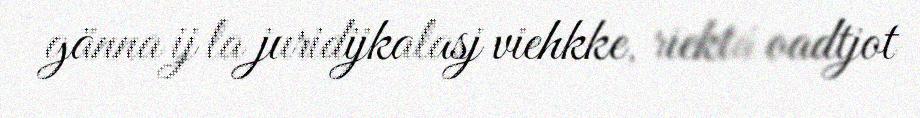
gänna ij la juridijkalasj viehkke, riektá oadtjot